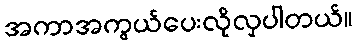
အကာအကွယ်ပေးလိုလှပါတယ်။